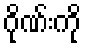
ဂိုဏ်းကို